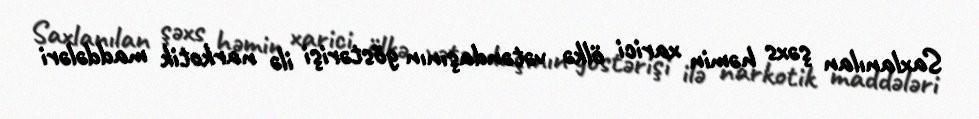
Saxlanılan şəxs həmin xarici ölkə vətəndaşının göstərişi ilə narkotik maddələri